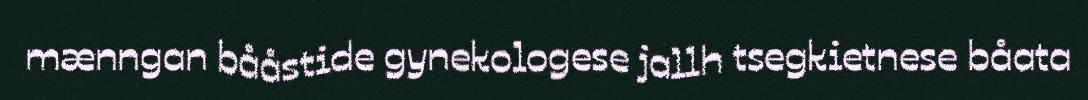
mænngan bååstide gynekologese jallh tsegkietnese båata